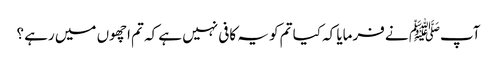
آپﷺ نے فرمایا کہ کیا تم کو یہ کافی نہیں ہے کہ تم اچھوں میں رہے ؟